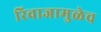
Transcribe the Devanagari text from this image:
रिवाजामुळेच